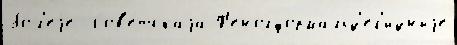
бо́л'еjе  Сов'е́тскаjа Ф'енолформальд'ег'идныjе